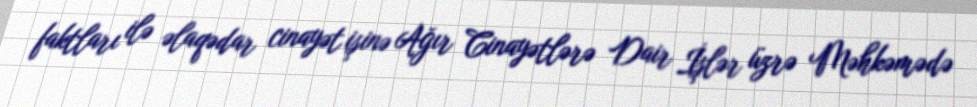
faktları ilə əlaqədar cinayət işinə Ağır Cinayətlərə Dair İşlər üzrə Məhkəmədə